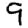
Digit: 9